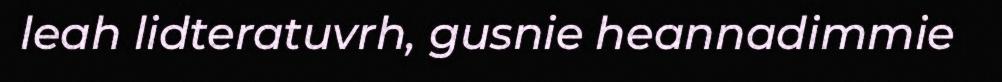
leah lidteratuvrh, gusnie heannadimmie